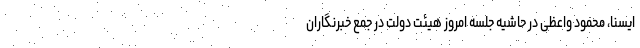
ایسنا، محمود واعظی در حاشیه جلسه امروز هیئت دولت در جمع خبرنگاران